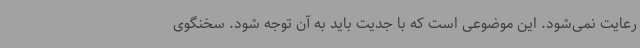
رعایت نمی‌شود. این موضوعی است که با جدیت باید به آن توجه شود. سخنگوی